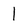
Character: l